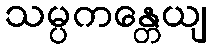
သမ္ပကန္တေယျ